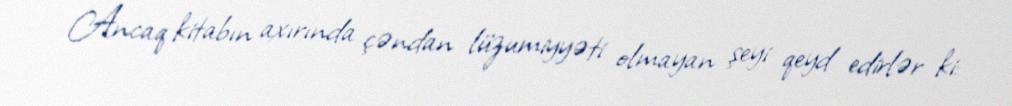
Ancaq kitabın axırında çəndan lüzumiyyəti olmayan şeyi qeyd edirlər ki: